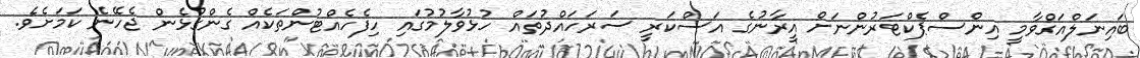
ބައިނަލްއަގްވާމީ އިންސްޕެކްޓަރުންނަށް އީރާނުގެ އަސްކަރީ ސަރަހައްދުތައް ހުޅުވާލުމުގައި ހިފެހެއްޓުންތަކެއް ގެންގުޅެން ޖެހޭނެ ކަމަށެވެ.